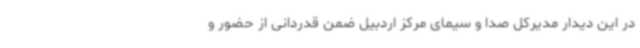
در این دیدار مدیرکل صدا و سیمای مرکز اردبیل ضمن قدردانی از حضور و